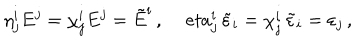
\eta _ { j } ^ { i } E ^ { j } = \chi _ { j } ^ { i } E ^ { j } = \tilde { E } ^ { i } \, , \, e t a _ { j } ^ { i } \, \tilde { \varepsilon } _ { i } = \chi _ { j } ^ { i } \, \tilde { \varepsilon } _ { i } = \varepsilon _ { j } \, ,